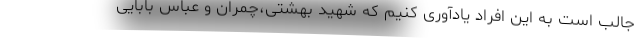
جالب است به این افراد یادآوری کنیم که شهید بهشتی،چمران و عباس بابایی